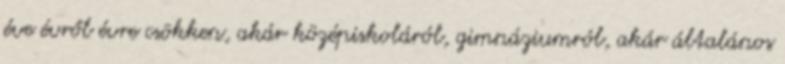
éve évről évre csökken, akár középiskoláról, gimnáziumról, akár általános